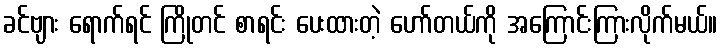
ခင်ဗျား ရောက်ရင် ကြိုတင် စာရင်း ပေးထားတဲ့ ဟော်တယ်ကို အကြောင်းကြားလိုက်မယ်။